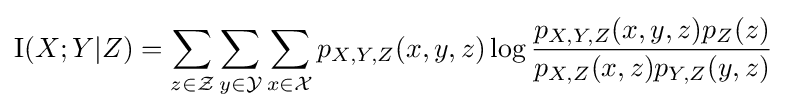
\operatorname {I} (X;Y|Z)=\sum _{z\in {\mathcal {Z}}}\sum _{y\in {\mathcal {Y}}}\sum _{x\in {\mathcal {X}}}p_{X,Y,Z}(x,y,z)\log {\frac {p_{X,Y,Z}(x,y,z)p_{Z}(z)}{p_{X,Z}(x,z)p_{Y,Z}(y,z)}}